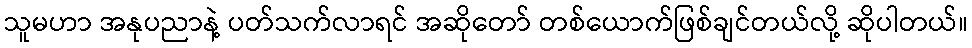
သူမဟာ အနုပညာနဲ့ ပတ်သက်လာရင် အဆိုတော် တစ်ယောက်ဖြစ်ချင်တယ်လို့ ဆိုပါတယ်။